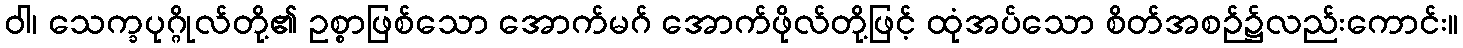
ဝါ၊ သေက္ခပုဂ္ဂိုလ်တို့၏ ဥစ္စာဖြစ်သော အောက်မဂ် အောက်ဖိုလ်တို့ဖြင့် ထုံအပ်သော စိတ်အစဉ်၌လည်းကောင်း။